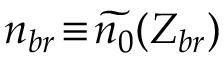
n _ { b r } \! \equiv \! \widetilde { n _ { 0 } } ( Z _ { b r } )